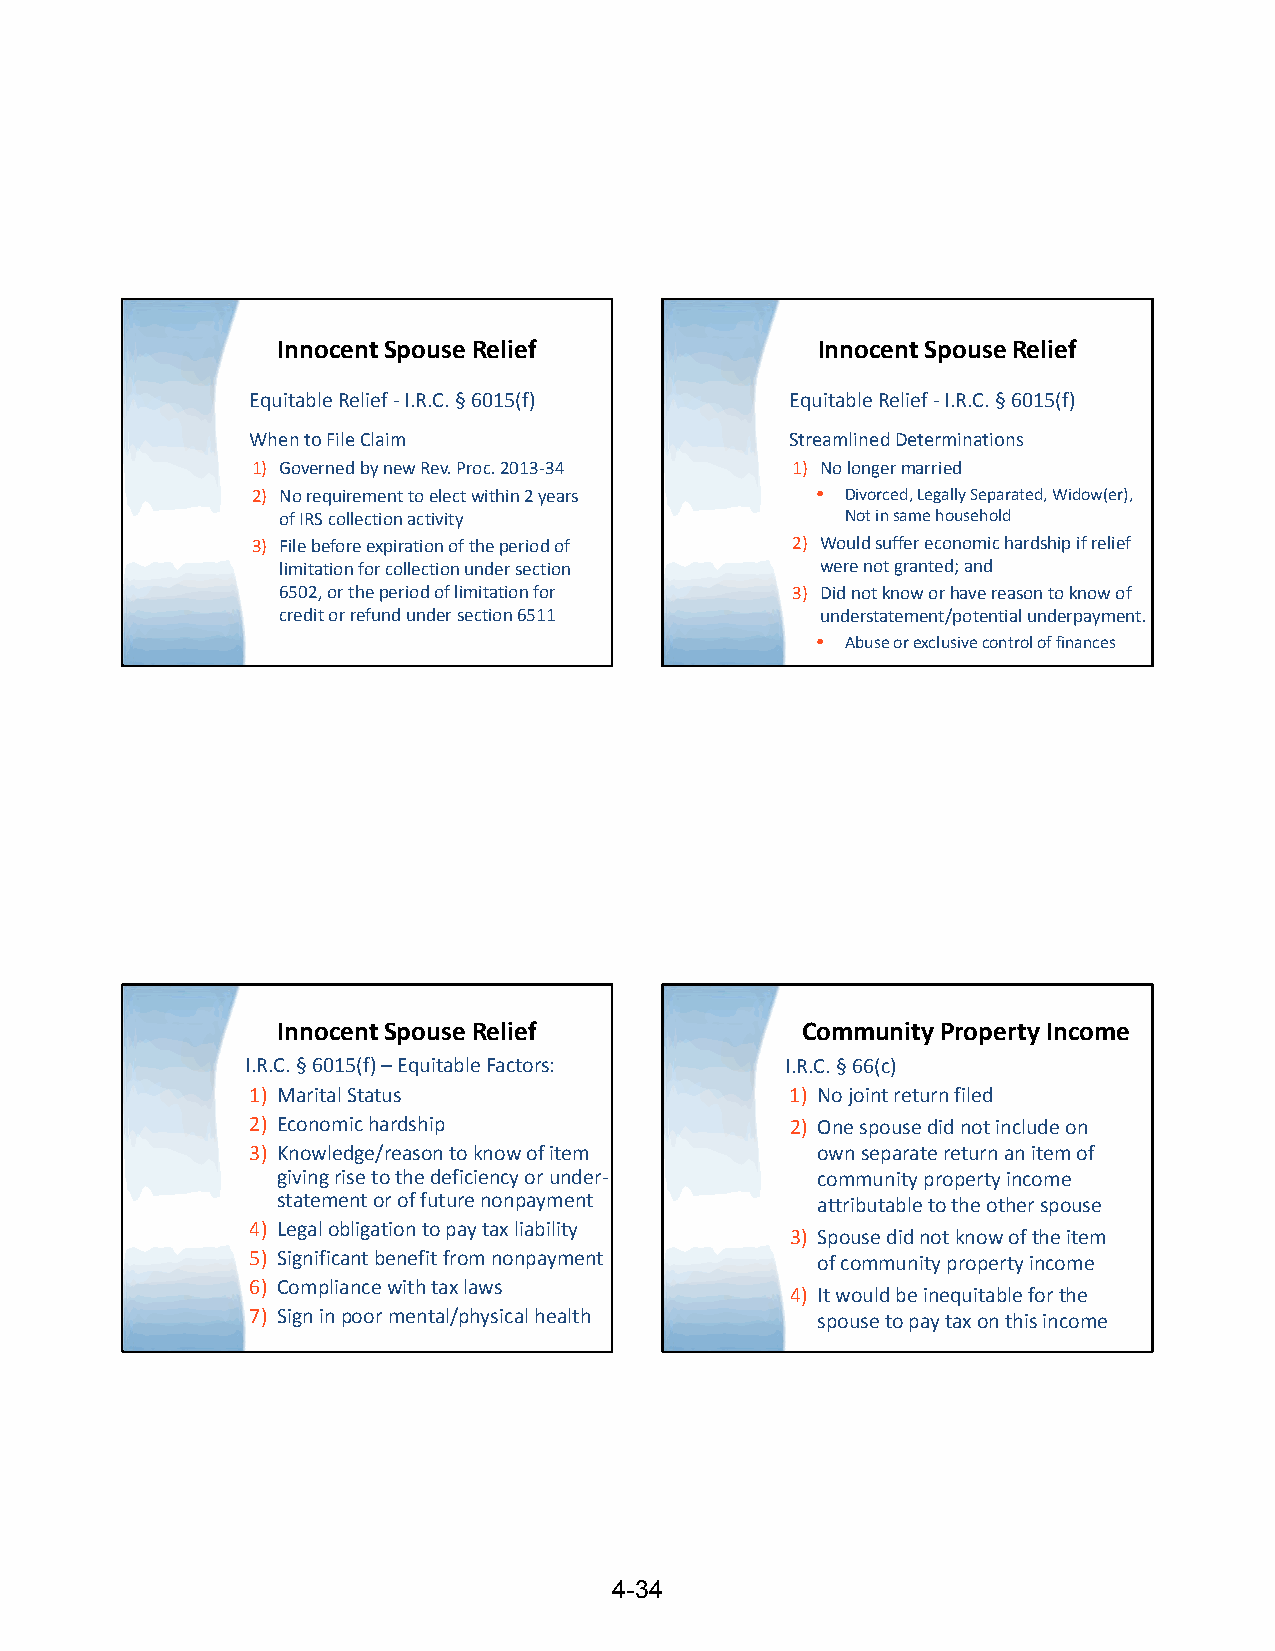
Innocent Spouse Relief              Innocent Spouse Relief
 Equitable Relief ‐I.R.C. §6015(f)  Equitable Relief ‐I.R.C. §6015(f)
 When to File Claim                 Streamlined Determinations
 1) Governed by new Rev. Proc. 2013‐34 1) No longer married
 2) No requirement to elect within 2 years • Divorced, Legally Separated, Widow(er),
 of IRS collection activity            Not in same household
 3) File before expiration of the period of 2) Would suffer economic hardship if relief
 limitation for collection under section were not granted; and
 6502, or the period of limitation for 3) Did not know or have reason to know of
 credit or refund under section 6511 understatement/potential underpayment.
 • Abuse or exclusive control of finances
 Innocent Spouse Relief             Community Property Income
 I.R.C. §6015(f) –Equitable Factors: I.R.C. §66(c)
 1) Marital Status                  1) No joint return filed
 2) Economic hardship               2) One spouse did not include on
 3) Knowledge/reason to know of item  own separate return an item of
 giving rise to the deficiency or under‐ community property income
 statement or of future nonpayment   attributable to the other spouse
 4) Legal obligation to pay tax liability
 3) Spouse did not know of the item
 5) Significant benefit from nonpayment of community property income
 6) Compliance with tax laws
 4) It would be inequitable for the
 7) Sign in poor mental/physical health spouse to pay tax on this income
 4-34